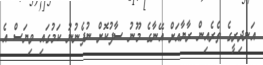
އަނދިރީގެ ތެރެއިން ރާޔާއަށް އޭނާގެ މޫނު ސާފުކޮށް ނުފެނުނު ކަމުގައި ވިޔަސް އެ